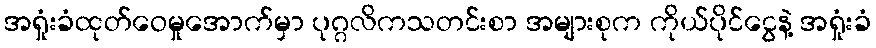
အရှုံးခံထုတ်ဝေမှုအောက်မှာ ပုဂ္ဂလိကသတင်းစာ အများစုက ကိုယ်ပိုင်ငွေနဲ့ အရှုံးခံ